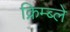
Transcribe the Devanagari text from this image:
क्रिम्ब्ले